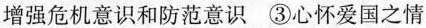
增强危机意识和防范意识③心怀爱国之情